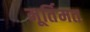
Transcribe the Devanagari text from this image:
मूर्तिमत